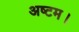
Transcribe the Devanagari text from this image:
अष्टम।